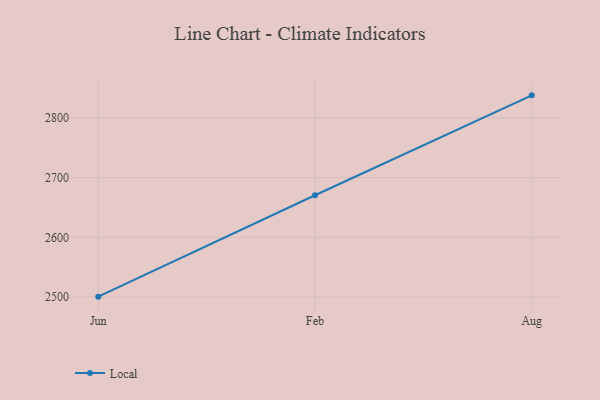
{"axis": {"x": "Month", "y": "Gross Profit (USD K)"}, "legend": ["Local"], "data": [{"x": "Jun", "y": 2500.7, "type": "Local"}, {"x": "Feb", "y": 2670.5, "type": "Local"}, {"x": "Aug", "y": 2837.8, "type": "Local"}]}